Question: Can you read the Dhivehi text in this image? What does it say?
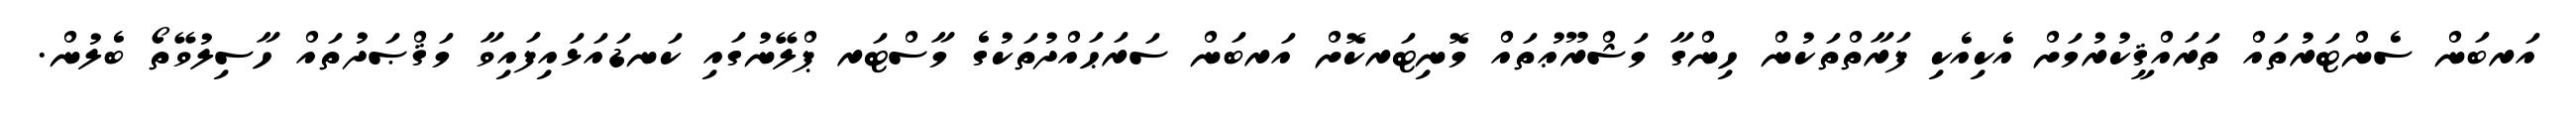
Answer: އަރބަން ސެންޓަރުތައް ތަރައްޤީކުރުމަށް އެކިއެކި ފަރާތްތަކުން ހިންގާ މަޝްރޫޢުތައް މޮނިޓަރކޮށް އަރބަން ސަރަޙައްދުތަކުގެ މާސްޓަރ ޕްލޭނުގައި ކަނޑައަޅައިފައިވާ މަޤްޞަދުތައް ހާސިލުވޭތޯ ބެލުން.